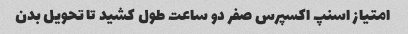
امتیاز اسنپ اکسپرس صفر دو ساعت طول کشید تا تحویل بدن